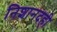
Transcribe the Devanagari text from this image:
निशानदही